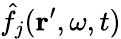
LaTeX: \hat{f}_{j}(\mathbf{r}^{\prime},\omega,t)